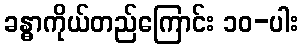
ခန္ဓာကိုယ်တည်ကြောင်း ၁၀-ပါး